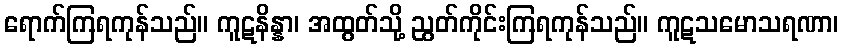
ရောက်ကြရကုန်သည်။ ကူဋနိန္နာ၊ အထွတ်သို့ ညွတ်ကိုင်းကြရကုန်သည်။ ကူဋသမောသရဏာ၊